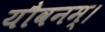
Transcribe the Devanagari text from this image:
यौवनम्।